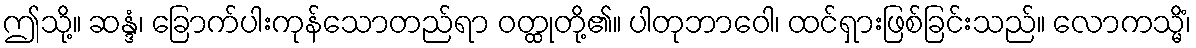
ဤသို့။ ဆန္ဒံ၊ ခြောက်ပါးကုန်သောတည်ရာ ဝတ္ထုတို့၏။ ပါတုဘာဝေါ၊ ထင်ရှားဖြစ်ခြင်းသည်။ လောကသ္မိံ၊